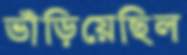
ভাঁড়িয়েছিল